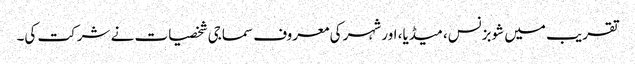
تقریب میں شوبزنس، میڈیا، اور شہر کی معروف سماجی شخصیات نے شرکت کی۔